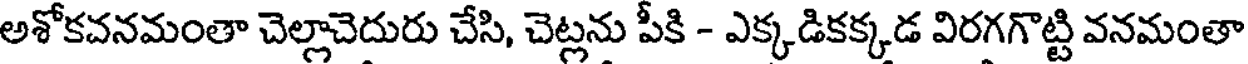
అశోకవనమంతా చెల్లాచెదురు చేసి, చెట్లను పీకి - ఎక్కడికక్కడ విరగగొట్టి వనమంతా